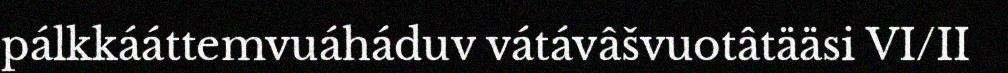
pálkkááttemvuáháduv vátávâšvuotâtääsi VI/II